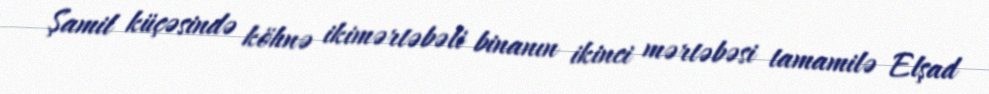
Şamil küçəsində köhnə ikimərtəbəli binanın ikinci mərtəbəsi tamamilə Elşad